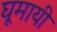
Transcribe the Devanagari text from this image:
घूमायी